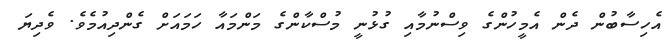
އެހިސާބުން ދެން އެމީހުންގެ ވިސްނުމާއި ގުޅުނީ މުސްކާންގެ މަންމައާ ހަމައަށް ގެންދިއުމެވެ. ވެދިޔަ